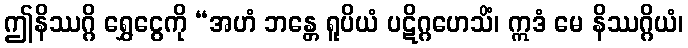
ဤနိဿဂ္ဂိ ရွှေငွေကို “အဟံ ဘန္တေ ရူပိယံ ပဋိဂ္ဂဟေသိံ၊ ဣဒံ မေ နိဿဂ္ဂိယံ၊